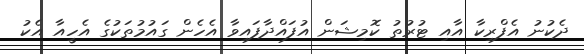
ދެކުނު އެފްރިކާ އާއި ޓުރުތު ކޮމިޝަން އުފައްދާފައިވާ އެހެން ގައުމުތަކުގެ އެހީއާ އެކު